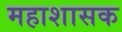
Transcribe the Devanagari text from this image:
महाशासक